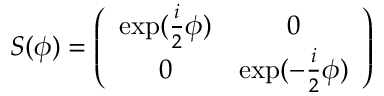
S ( \phi ) = \left( \begin{array} { c c } { { \exp ( \frac { i } { 2 } \phi ) } } & { { 0 } } \\ { { 0 } } & { { \exp ( - \frac { i } { 2 } \phi ) } } \end{array} \right)